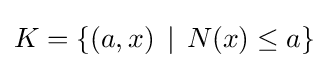
K=\left\{(a,x)\,\mid \,N(x)\leq a\right\}